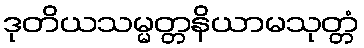
ဒုတိယသမ္မတ္တနိယာမသုတ္တံ